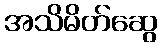
အသိမိတ်ဆွေ